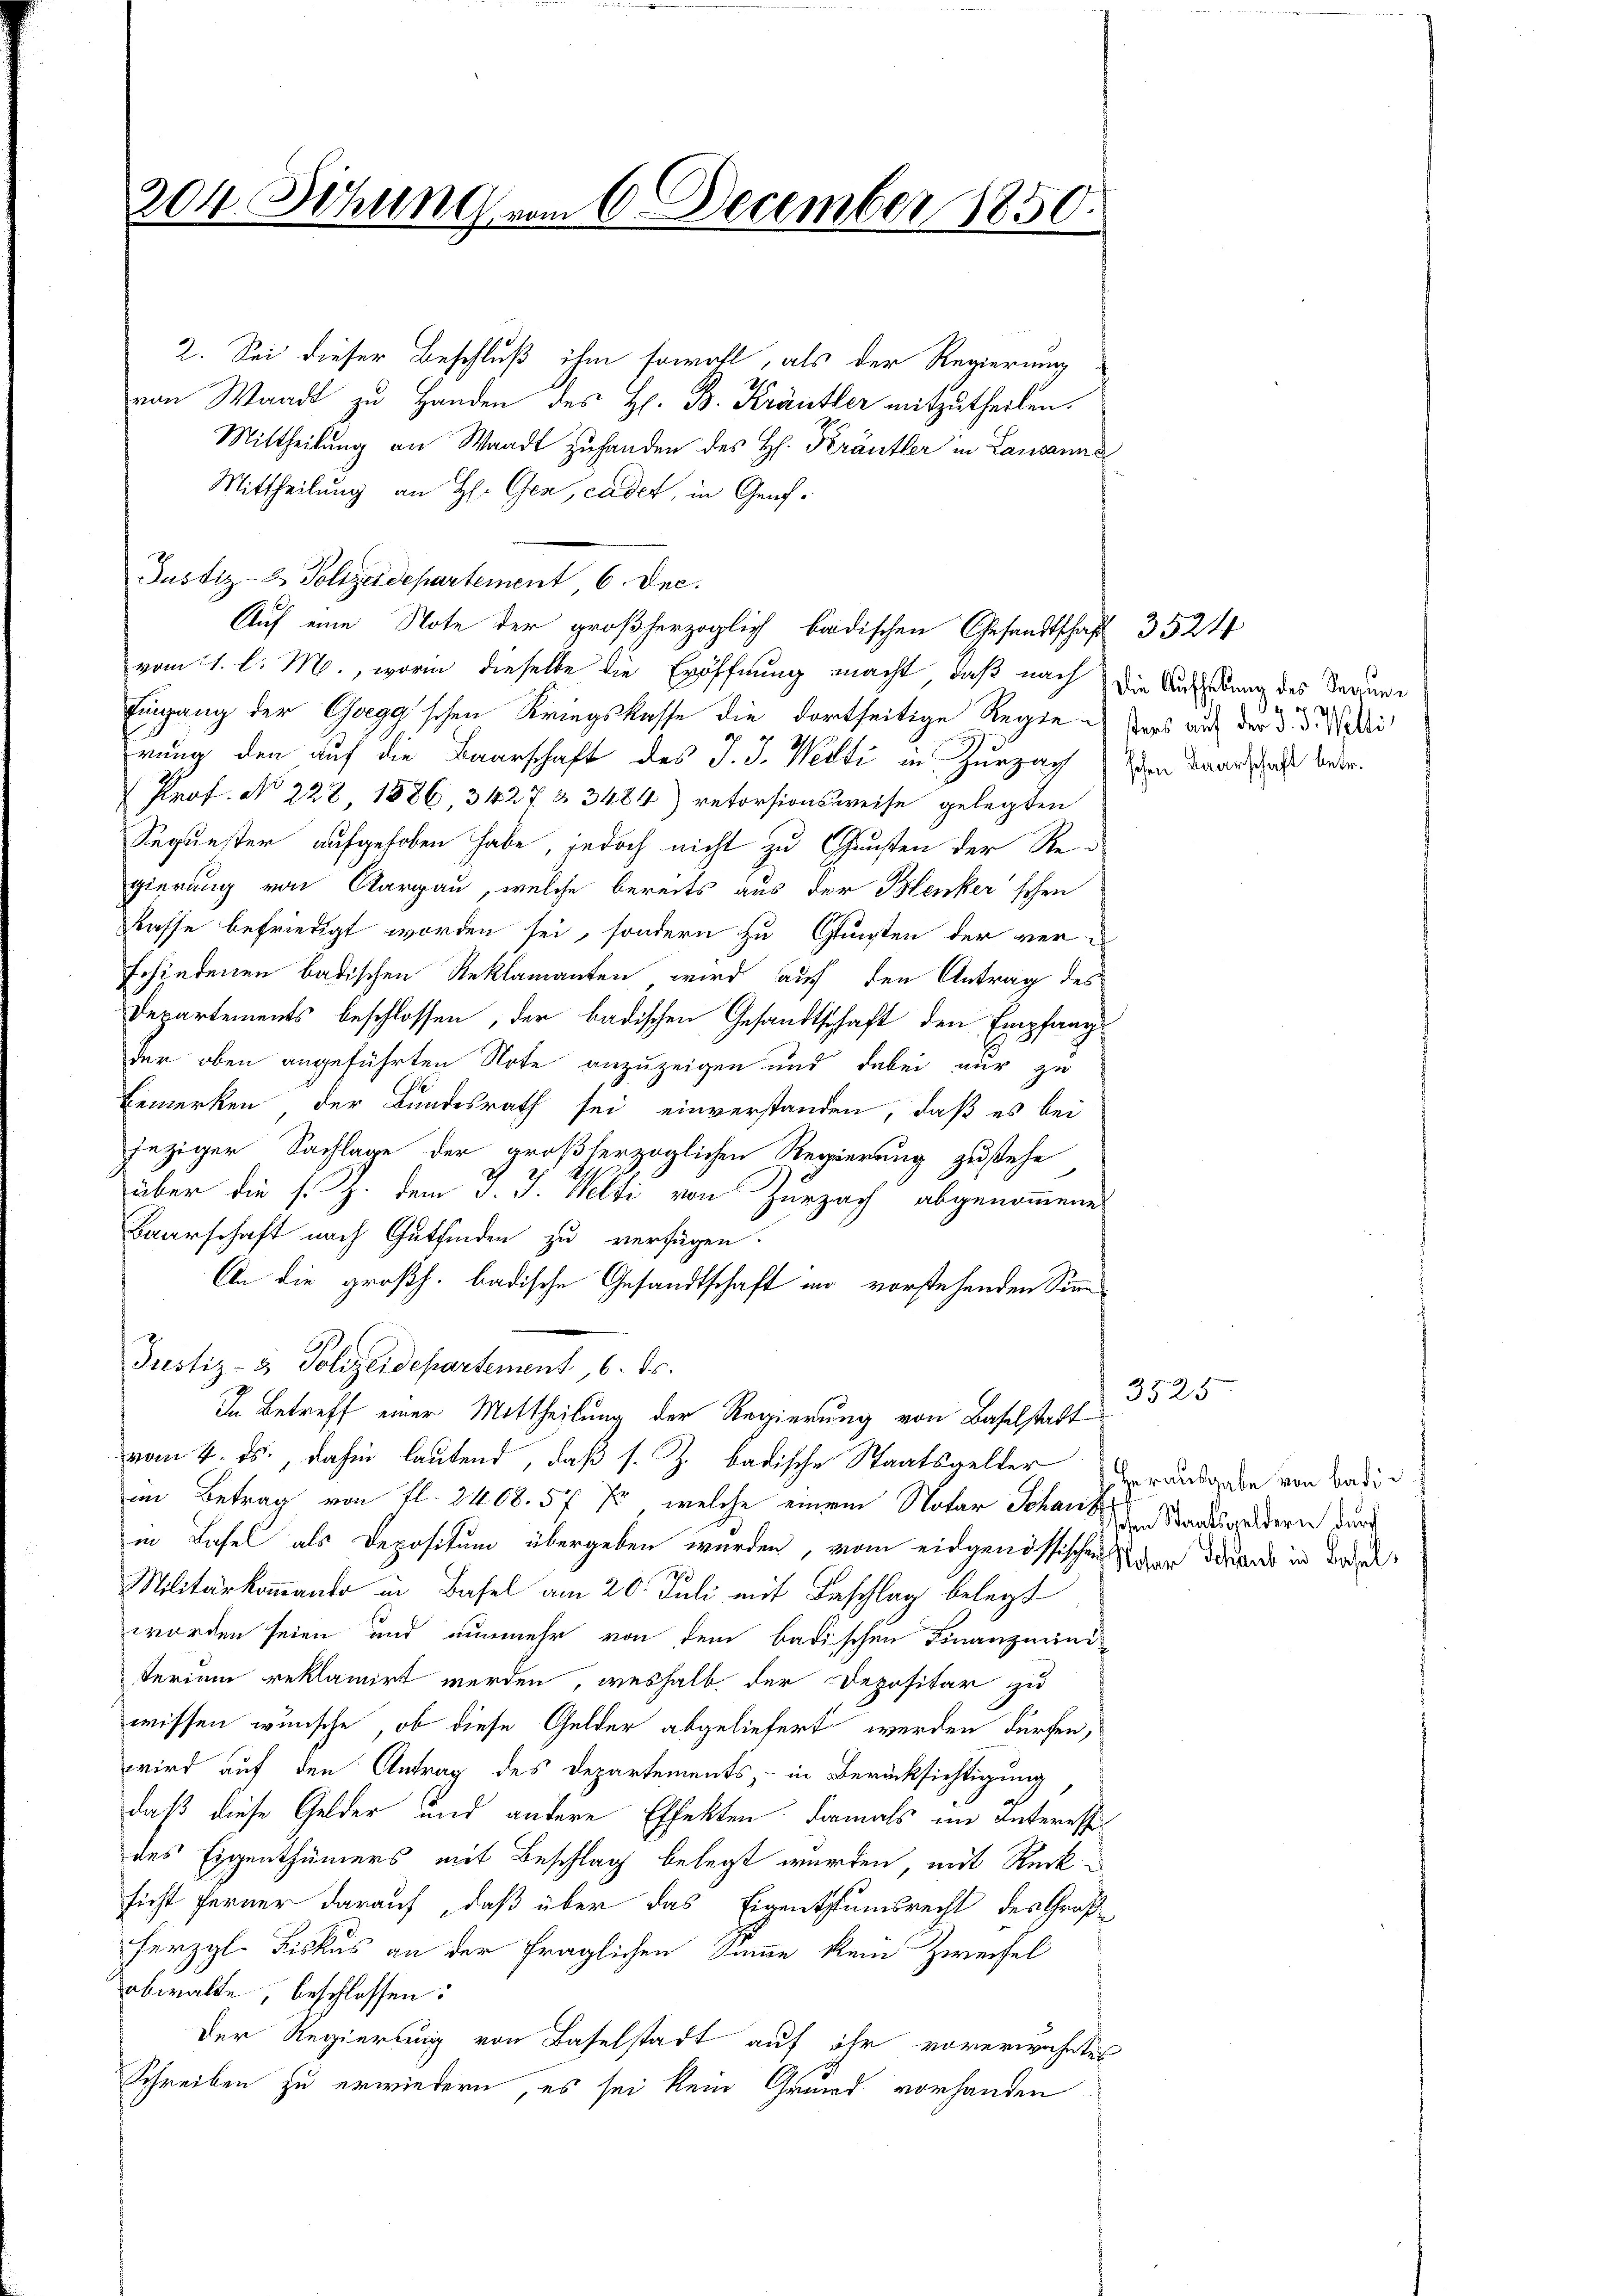
204. Sitzung vom 6. December 1850.

2. Sei dieser Beschluß ihm sowohl, als der Regierung
von Waadt zu Handen des H. B. Kräutler mitzutheilen.
Mittheilung an Waadt zuhanden des H. Kränkler in Lausanne
Mittheilung an H. Gea, cadet, in Genf.
Justiz- & Polizeidepartement, 6 Dec.
Auf eine Note der großherzoglich badischen Gesandtschaft 3524
vom 1. l. M., worin dieselbe die Eröffnung macht, daß nach die Aufschung des Reaume
Eingang der Gogg'schen Kriegskasse die dortseitige Regie ders auf der §. 3. Di
rung den auf die Baarschaft des J. J. Welti in Zurzac
Prof. No 228, 1886, 3427 & 3484) retorsionsweise gelegten
Sequester aufgehoben habe, jedoch nicht zu Gunsten der Regierung von Aargau, welche bereits aus der Blenker'schen
kasse befriedigt worden sei, sondern zu Gunsten der ver-
schiedenen badischen Reklamanten wird auf den Antrag des
Departements beschlossen, der badischen Gesandtschaft den Empfangder oben angeführten Note anzuzeigen und dabei mir zu
Bemerken der Bundesrath sei einverstanden, daß es bei
jeziger Sachlage der großherzoglichen Regierung zustehe
über die s. Z. dem J. J. Welti von Zurzach abgenommene
Baarschaft nach Gutfinden zu verfügen.
An die großh. badische Gesandtschaft in vorstehenden Sinn
Justiz- & Polizeidepartement, 6. ds.
In Betreff einer Mittheilung der Regierung von Baselstadt
vom 4. ds., dahin lautend, daß s. Z. badische Staatsgelder anderen von Badiim Betrag von fl. 3468. 57 Xr, welche einem Notar Schanze Standesgelderen durch
in Basel als Depositum übergeben wurden, vom eidgenössischen Waar daran in Bed
Militärkommando in Basel am 20. Juli mit Beschlag belegt
worden seien und nunmehr von dem badischen Finanzministerium reklamirt werden, weshalb der Depositar zu
wissen wünsche, ob diese Gelder abgeliefert werden dürfen,
wird auf den Antrag des Departements, – in Berücksichtigung
daß diese Gelder und andere Effekten damals im Interesse
des Eigenthümers mit Beschlag belegt wurden, mit Rücksicht ferner darauf, daß über das Eigentstumsrecht des Großherzgl. Fiskus an der fraglichen Summe kein Zweifel
obwalte, beschlossen:
Der Regierung von Baselstadt auf ihr vorerwähntes
Schreiben zu erwiedern, es sei kein Grund vorhanden

schen Baarschaft betr.

3525